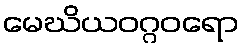
မေဃိယဝဂ္ဂဝရော